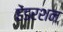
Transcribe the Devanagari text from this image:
हेंडरशन